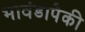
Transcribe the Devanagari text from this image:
भावंडापैकी